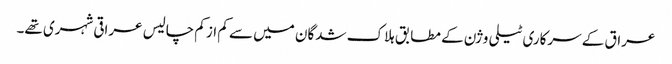
عراق کے سرکاری ٹیلی وژن کے مطابق ہلاک شدگان میں سے کم از کم چالیس عراقی شہری تھے۔